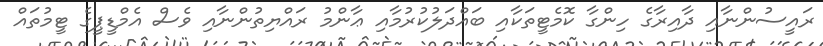
ރައީސުންނާއި ދާއިރާގެ ހިންގާ ކޮމެޓީތަކާއި ބައްދަލުކުރުމާއި ޢާންމު ރައްޔިތުންނާއި ވެސް އެމްޑީޕީގެ ޓީމުތައް